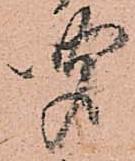
聞